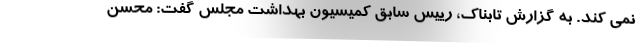
نمی کند. به گزارش تابناک، رییس سابق کمیسیون بهداشت مجلس گفت: محسن